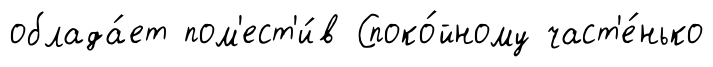
облада́ет пом'ест'и́в Споко́йному част'е́нько